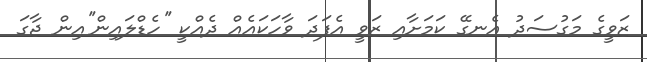
ޒަވީގެ މަގުސަދު އެނގޭ ކަމަށާއި ޒަވީ އެފަދަ ވާހަކައެއް ދެއްކީ ''ހެޑްލައިން''އިން ޖާގަ